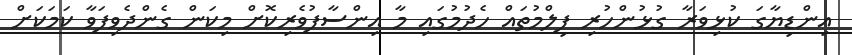
އިންޑިޔާގަ ކުޅިވަރާ ގުޅުންހުރި ފިލްމުތައް ހެދުމުގައި މާ އިންސާފުވެރިކޮށް މިކަން ގެންދެވިފަވާ ކަމަކަށް